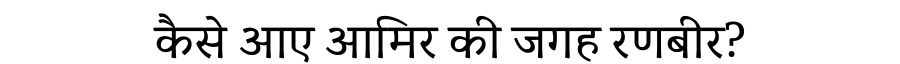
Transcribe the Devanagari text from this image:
कैसे आए आमिर की जगह रणबीर?